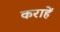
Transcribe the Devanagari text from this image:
कराहें